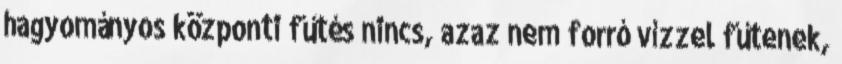
hagyományos központi fűtés nincs, azaz nem forró vízzel fűtenek,